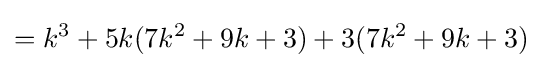
=k^{3}+5k(7k^{2}+9k+3)+3(7k^{2}+9k+3)